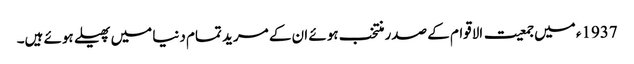
1937ء میں جمعیت الاقوام کے صدر منتخب ہوئے ان کے مرید تمام دنیا میں پھیلے ہوئے ہیں۔